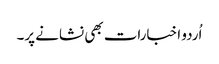
اُردو اخبارات بھی نشانے پر۔